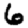
Digit: 6